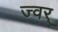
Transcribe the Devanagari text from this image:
ज्वर्